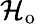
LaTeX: \mathcal{H}_{\mathrm{o}}